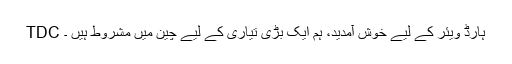
TDC ہارڈ ویئر کے لیے خوش آمدید، ہم ایک بڑی تیاری کے لیے چین میں مشروط ہیں ۔